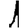
Digit: 1